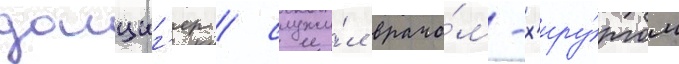
данциг'ер / служи́л врачо́м-х'иру́ргом